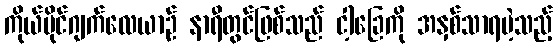
ကိုယ်ပိုင်ဂျက်လေယာဉ် နာရီတွင်ဖြစ်သည် ငါ့ခြေကို အနှစ်သာရမဲ့သည့်